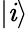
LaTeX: |\mathit{i}\rangle